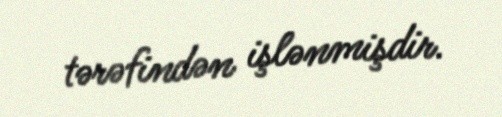
tərəfindən işlənmişdir.